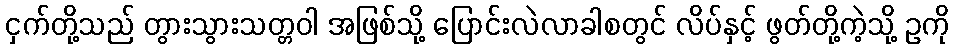
ငှက်တို့သည် တွားသွားသတ္တဝါ အဖြစ်သို့ ပြောင်းလဲလာခါစတွင် လိပ်နှင့် ဖွတ်တို့ကဲ့သို့ ဥကို